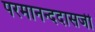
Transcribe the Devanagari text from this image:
परमानन्ददासजी